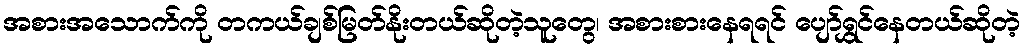
အစားအသောက်ကို တကယ်ချစ်မြတ်နိုးတယ်ဆိုတဲ့သူတွေ၊ အစားစားနေရရင် ပျော်ရွှင်နေတယ်ဆိုတဲ့